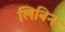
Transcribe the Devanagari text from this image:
लिबिन